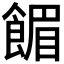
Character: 𫗗